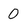
Character: 0